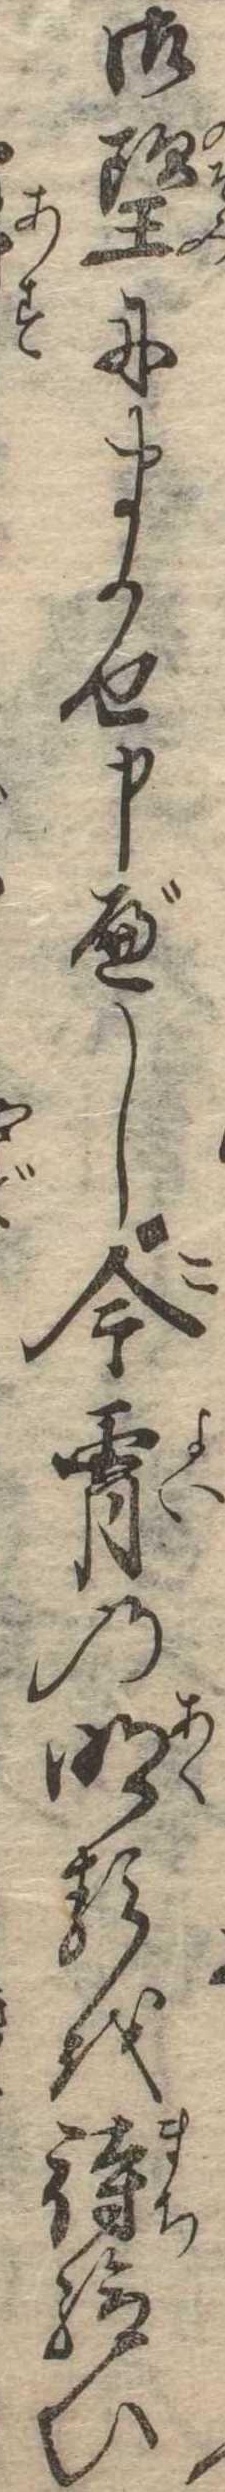
御望にまかせ申べし今宵の明るを待給ひ